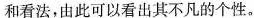
和看法，由此可以看出其不凡的个性。